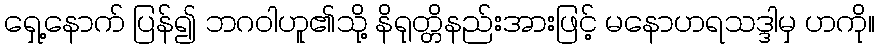
ရှေ့နောက် ပြန်၍ ဘဂဝါဟူ၏သို့ နိရုတ္တိနည်းအားဖြင့် မနောဟရသဒ္ဒါမှ ဟကို။